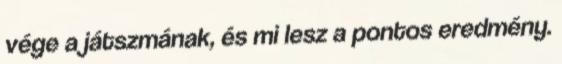
vége a játszmának, és mi lesz a pontos eredmény.